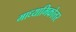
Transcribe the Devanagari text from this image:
माध्यामिकोत्तर